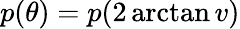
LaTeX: p(\theta)=p(2\arctan v)